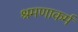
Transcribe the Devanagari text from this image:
श्रमणाकर्म